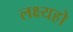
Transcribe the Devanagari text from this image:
लक्ष्यहो